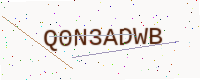
Text: Q0N3ADWB